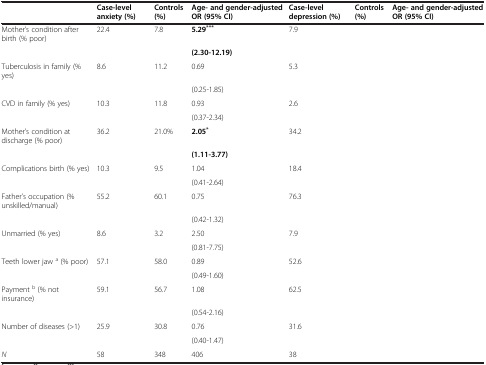
<table><thead><tr><td>[EMPTY_CELL]</td><td><b>Case-level anxiety (%)</b></td><td><b>Controls (%)</b></td><td><b>Age- and gender-adjusted OR (95% CI)</b></td><td><b>Case-level depression (%)</b></td><td><b>Controls (%)</b></td><td><b>Age- and gender-adjusted OR (95% CI)</b></td></tr></thead><tbody><tr><td>Mother’s condition after birth (% poor)</td><td>22.4</td><td>7.8</td><td><b>5.29</b><sup><b>***</b></sup></td><td>7.9</td><td>[EMPTY_CELL]</td><td>[EMPTY_CELL]</td></tr><tr><td>[EMPTY_CELL]</td><td>[EMPTY_CELL]</td><td>[EMPTY_CELL]</td><td><b>(2.30-12.19)</b></td><td>[EMPTY_CELL]</td><td>[EMPTY_CELL]</td><td>[EMPTY_CELL]</td></tr><tr><td>Tuberculosis in family (% yes)</td><td>8.6</td><td>11.2</td><td>0.69</td><td>5.3</td><td>[EMPTY_CELL]</td><td>[EMPTY_CELL]</td></tr><tr><td>[EMPTY_CELL]</td><td>[EMPTY_CELL]</td><td>[EMPTY_CELL]</td><td>(0.25-1.85)</td><td>[EMPTY_CELL]</td><td>[EMPTY_CELL]</td><td>[EMPTY_CELL]</td></tr><tr><td>CVD in family (% yes)</td><td>10.3</td><td>11.8</td><td>0.93</td><td>2.6</td><td>[EMPTY_CELL]</td><td>[EMPTY_CELL]</td></tr><tr><td>[EMPTY_CELL]</td><td>[EMPTY_CELL]</td><td>[EMPTY_CELL]</td><td>(0.37-2.34)</td><td>[EMPTY_CELL]</td><td>[EMPTY_CELL]</td><td>[EMPTY_CELL]</td></tr><tr><td>Mother’s condition at discharge (% poor)</td><td>36.2</td><td>21.0%</td><td><b>2.05</b><sup><b>*</b></sup></td><td>34.2</td><td>[EMPTY_CELL]</td><td>[EMPTY_CELL]</td></tr><tr><td>[EMPTY_CELL]</td><td>[EMPTY_CELL]</td><td>[EMPTY_CELL]</td><td><b>(1.11-3.77)</b></td><td>[EMPTY_CELL]</td><td>[EMPTY_CELL]</td><td>[EMPTY_CELL]</td></tr><tr><td>Complications birth (% yes)</td><td>10.3</td><td>9.5</td><td>1.04</td><td>18.4</td><td>[EMPTY_CELL]</td><td>[EMPTY_CELL]</td></tr><tr><td>[EMPTY_CELL]</td><td>[EMPTY_CELL]</td><td>[EMPTY_CELL]</td><td>(0.41-2.64)</td><td>[EMPTY_CELL]</td><td>[EMPTY_CELL]</td><td>[EMPTY_CELL]</td></tr><tr><td>Father’s occupation (% unskilled/manual)</td><td>55.2</td><td>60.1</td><td>0.75</td><td>76.3</td><td>[EMPTY_CELL]</td><td>[EMPTY_CELL]</td></tr><tr><td>[EMPTY_CELL]</td><td>[EMPTY_CELL]</td><td>[EMPTY_CELL]</td><td>(0.42-1.32)</td><td>[EMPTY_CELL]</td><td>[EMPTY_CELL]</td><td>[EMPTY_CELL]</td></tr><tr><td>Unmarried (% yes)</td><td>8.6</td><td>3.2</td><td>2.50</td><td>7.9</td><td>[EMPTY_CELL]</td><td>[EMPTY_CELL]</td></tr><tr><td>[EMPTY_CELL]</td><td>[EMPTY_CELL]</td><td>[EMPTY_CELL]</td><td>(0.81-7.75)</td><td>[EMPTY_CELL]</td><td>[EMPTY_CELL]</td><td>[EMPTY_CELL]</td></tr><tr><td>Teeth lower jaw <sup>a</sup> (% poor)</td><td>57.1</td><td>58.0</td><td>0.89</td><td>52.6</td><td>[EMPTY_CELL]</td><td>[EMPTY_CELL]</td></tr><tr><td>[EMPTY_CELL]</td><td>[EMPTY_CELL]</td><td>[EMPTY_CELL]</td><td>(0.49-1.60)</td><td>[EMPTY_CELL]</td><td>[EMPTY_CELL]</td><td>[EMPTY_CELL]</td></tr><tr><td>Payment <sup>b</sup> (% not insurance)</td><td>59.1</td><td>56.7</td><td>1.08</td><td>62.5</td><td>[EMPTY_CELL]</td><td>[EMPTY_CELL]</td></tr><tr><td>[EMPTY_CELL]</td><td>[EMPTY_CELL]</td><td>[EMPTY_CELL]</td><td>(0.54-2.16)</td><td>[EMPTY_CELL]</td><td>[EMPTY_CELL]</td><td>[EMPTY_CELL]</td></tr><tr><td>Number of diseases (&gt;1)</td><td>25.9</td><td>30.8</td><td>0.76</td><td>31.6</td><td>[EMPTY_CELL]</td><td>[EMPTY_CELL]</td></tr><tr><td>[EMPTY_CELL]</td><td>[EMPTY_CELL]</td><td>[EMPTY_CELL]</td><td>(0.40-1.47)</td><td>[EMPTY_CELL]</td><td>[EMPTY_CELL]</td><td>[EMPTY_CELL]</td></tr><tr><td><i>N</i></td><td>58</td><td>348</td><td>406</td><td>38</td><td>[EMPTY_CELL]</td><td>[EMPTY_CELL]</td></tr></tbody></table>